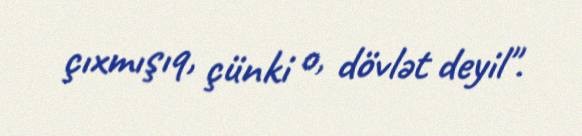
çıxmışıq, çünki o, dövlət deyil".